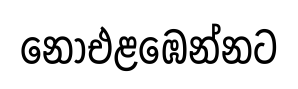
නොඑළඹෙන්නට